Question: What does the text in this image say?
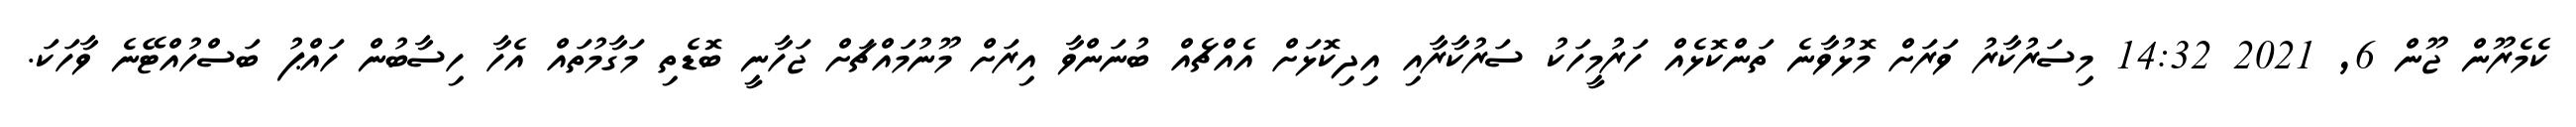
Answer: ކެމެރޫން ޖޫން 6, 2021 14:32 މިސަރުކާރު ވަރަށް މޮޅުވާނެ ތަންކޮޅެއް ހަރުމީހަކު ސަރުކާރާއި އިދިކޮޅަށް އެއްޗެއް ބުނަންވާ އިރަށް މޫނުމައްޗަށް ޖަހާނީ ބޮޑެތި މަގާމުތައް އެހާ ހިސާބުން ހައްޕު ބަސްހުއްޓޭނެ ވާހަކަ.